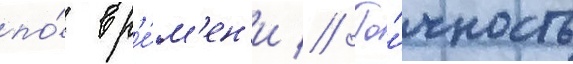
по́ вр'е́м'ен'и // То́чность